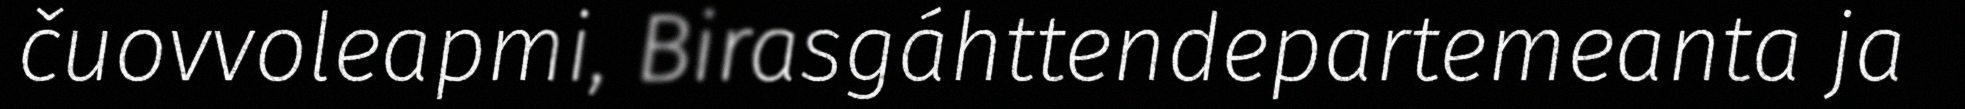
čuovvoleapmi, Birasgáhttendepartemeanta ja